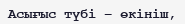
Асығыс түбі – өкініш,